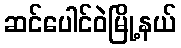
ဆင်ပေါင်ဝဲမြို့နယ်